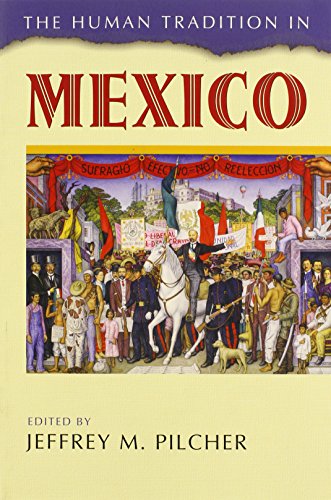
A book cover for The Human Tradition in Mexico (The Human Tradition around the World series); Biographies & Memoirs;